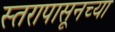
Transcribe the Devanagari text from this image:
स्तरापासूनच्या